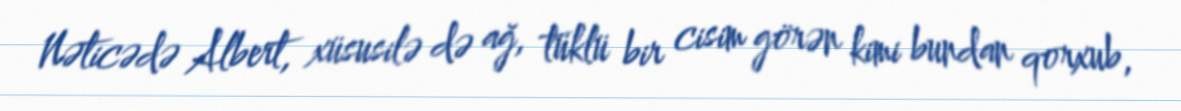
Nəticədə Albert, xüsusilə də ağ, tüklü bir cisim görən kimi bundan qorxub,